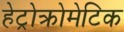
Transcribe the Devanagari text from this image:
हेट्रोक्रोमेटिक